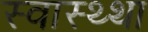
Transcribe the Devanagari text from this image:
स्वास्थ्था